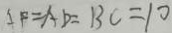
A F = A D = B C = 1 0